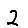
Digit: 2